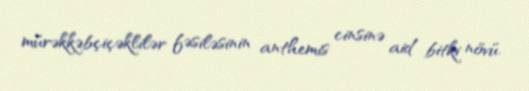
mürəkkəbçiçəklilər fəsiləsinin anthemis cinsinə aid bitki növü.